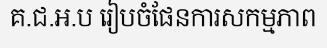
គ.ជ.អ.ប រៀបចំផែនការសកម្មភាព